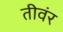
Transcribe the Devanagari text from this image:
तीवंर